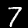
Label: 7